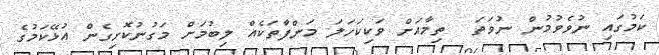
ކަމުގައި ނުވެވުމުން ނުވަތަ  ތިމާއަށް ވަކިކަހަލަ މަންފާތަކެއް ލިބުމަށް މަގުނުކޮށިގެން އުޅޭކަމުގެ